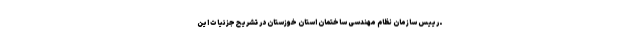
ـ رییس سازمان نظام مهندسی ساختمان استان خوزستان در تشریح جزئیات این